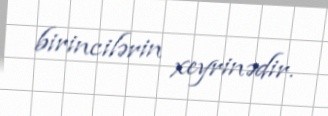
birincilərin xeyrinədir.